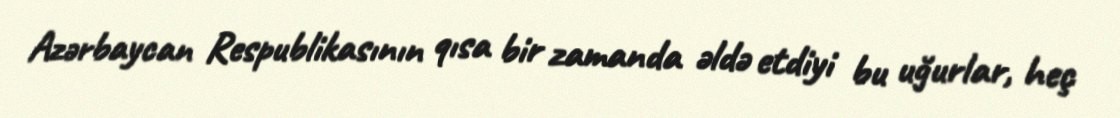
Azərbaycan Respublikasının qısa bir zamanda əldə etdiyi bu uğurlar, heç